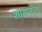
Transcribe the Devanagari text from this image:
शाहजान